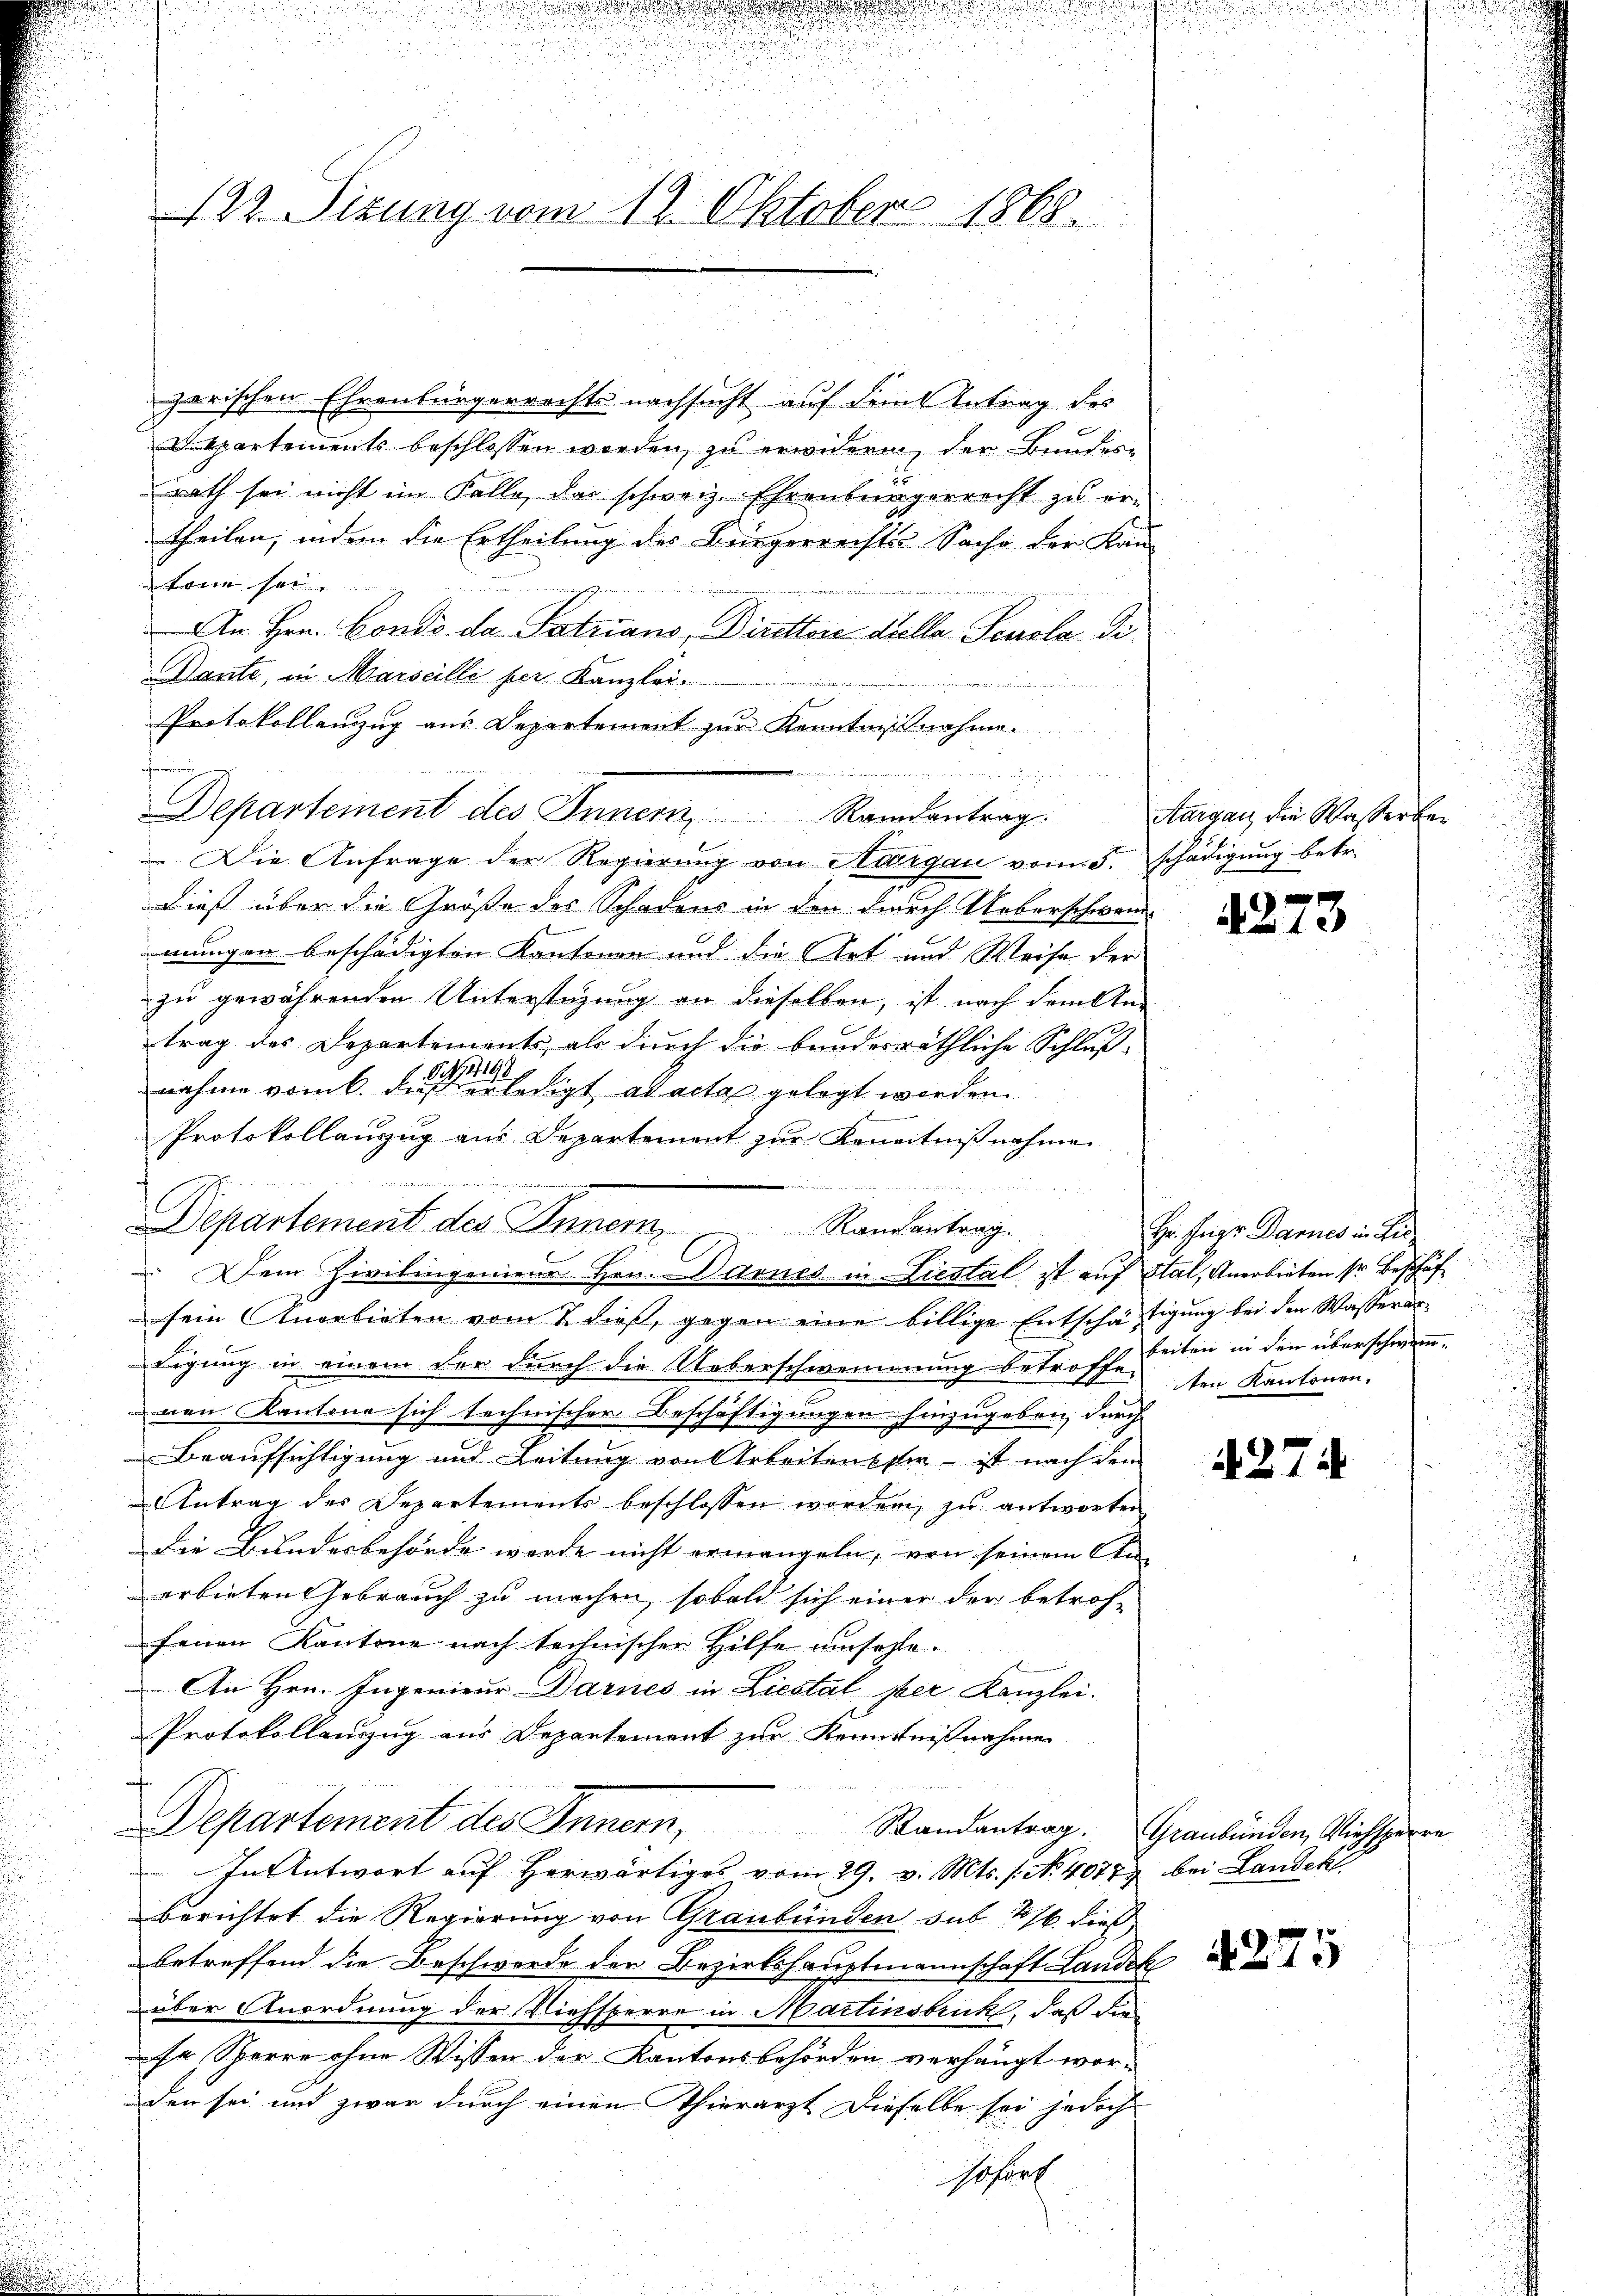
d
122. Sizung vom 12. Oktober 1868.

Departement des Innern Randentrag.

Departement des Innen, Randantrag.
 Dein Zivilingenieur Hrn. Warnes in Liestal ist auf Stal, Anerbieten sr Beschäf

zerischen Ehrenbürgerrechts nachsucht auf dem Antrag des
kpartements beschlossen worden, zu erwidern, der Bundesrath sei nicht im Falle, das schweiz. Ehrenbürgerrecht zu ertheilen, indem die Ertheilung des Bürgerrechtes Sache der Kautone sei.
An Hrn. Condo da Patziano, Direktori duella Senola di
Dante, in Marseilli per Kanzlei.
Protokollanzug aus Departement zur Kenntnißnahme.
hammen
 Die Anfrage der Regierung von Aargau vom 5. schädigung betr.
Dieß über die Größe des Schadens in den durch Ueberschwand-
f
mungen beschädigten Kantonen und die Art und Weise der
zu gewährenden Unterstüzung an dieselben, ist nach Familien
trag des Departements, als durch die bundesräthliche Schluß-
84
nahme vom k. daß erledigt ad acta gelegt werden.
Protokollanzug aus Departement zur Kenntnißnahme
.

sein Anerbieten vom 7 dieß, gegen eine billige Entschäftigung bei den Wasserartigung in einem der durch die Ueberschwemmung betroffe guten in den überschwamm-
nen Kantone sich technischer Beschäftigungen hinzugeben durch
Beaufsichtigung und Leitung von Arbeitenster ist nach dem
Antrag des Departements beschlossen worden, zu antworten
Die Bundesbehörde werde nicht ermangeln, von seinem An-
erbieten Gebrauch zu machen, sobald sich einer der betrof-
fenen Kantone nach technischer Hilfe umsehle.
An Hrn. Ingenieur Darnes in Liestal ser Kanzlei.
Protokollenzug aus Departement zur Kenntnißnahme
f
Departement des Innern,
In Antwort aŭf herwärtiges vom 29. v. Mts. 1. No. 40777 bei Landekl
berichtet die Regierung von Graubünden sub. 1876 dies
betreffend die Beschwerde der Bezirkshauptmannschaft Landek
über Anordnung der Viehsperre in Martinsbruck, daß die
Er, Sperre ohne Wissen der Kantonsbehörden verhängt wor-
den sei und zwar durch einen Thierarzt dieselbe sei jedoch
Gafurt
u

Aargau die Wasser bei

4273

Hr. Feiger Dannes in die
ten Kantonen.

4274

Randantrag. Graubünden, Viehsperre

4275